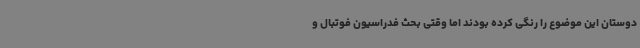
دوستان این موضوع را رنگی کرده بودند اما وقتی بحث فدراسیون فوتبال و